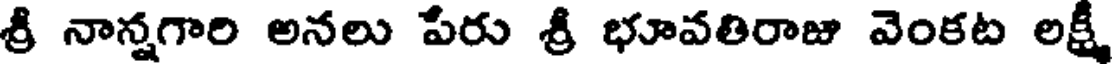
శ్రీ నాన్నగారి అనలు పేరు శ్రీ భూవతిరాజు వెంకట లక్ష్మీ